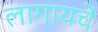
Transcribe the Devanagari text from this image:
लागायचें